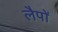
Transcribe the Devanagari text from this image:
लैपों